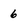
Character: 6